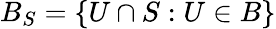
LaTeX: B_{S}=\{ U\cap S:U\in B\}